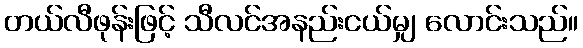
တယ်လီဖုန်းဖြင့် သီလင်အနည်းငယ်မျှ လောင်းသည်။